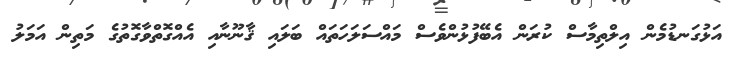
އަޅުގަނޑުމެން އިލްތިމާސް ކުރަން އެބޭފުޅުންވެސް މައްސަލަހަތައް ބަލައި ޤާނޫނާއި އެއްގޮތްވާގޮތުގެ މަތިން އަމަލު